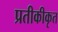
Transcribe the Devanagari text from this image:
प्रतीकीकृत